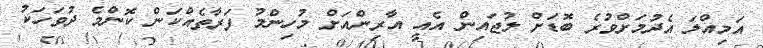
އަމިއްލަ އެދުމަށްވުރެ ބޮޑަށް ލުޖައިން އެއީ އާރިންއަށް މުހިންމު ފަރާތެއްކަން ކޮންމެ ދުވަހަކު